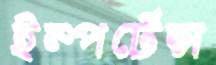
ইম্পর্টেন্স